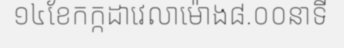
១៤ខែកក្កដាវេលាម៉ោង៨.០០នាទី